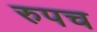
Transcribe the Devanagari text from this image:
रुपच